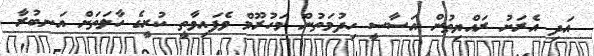
އަދި އެރަށު ރައްޔިތުން އަސާސީ ހިދުމަތުން މަހުރޫމް ވެފައިވާތީ ކުރީގެ ހާލަތަށް އަނބުރާ